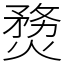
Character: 熃